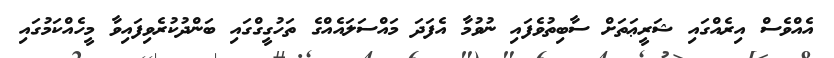
އެއްވެސް އިރެއްގައި ޝަރީޢަތަށް ސާބިތުވެފައި ނުވުމާ އެފަދަ މައްސަލައެއްގެ ތަހުގީގްގައި ބަންދުކުރެވިފައިވާ މީހެއްކަމުގައި